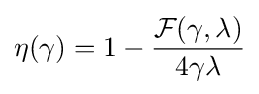
\eta (\gamma )=1-{\frac {{\mathcal {F}}(\gamma ,\lambda )}{4\gamma \lambda }}